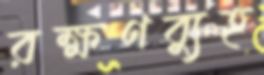
রক্ষণব্যুহ